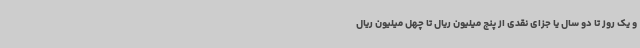
و یک روز تا دو سال یا جزای نقدی از پنج میلیون ریال تا چهل میلیون ریال